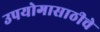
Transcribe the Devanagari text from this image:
उपयोगासाठीचे